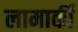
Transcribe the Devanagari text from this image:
लामार्की